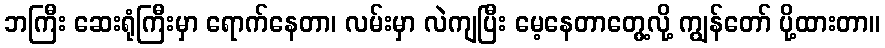
ဘကြီး ဆေးရုံကြီးမှာ ရောက်နေတာ၊ လမ်းမှာ လဲကျပြီး မေ့နေတာတွေ့လို့ ကျွန်တော် ပို့ထားတာ။